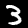
Digit: 3